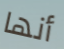
أنها